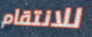
للانتقام